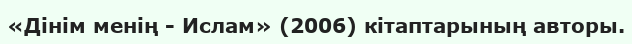
«Дінім менің - Ислам» (2006) кітаптарының авторы.